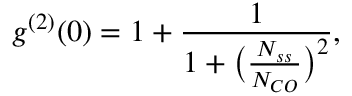
g ^ { ( 2 ) } ( 0 ) = 1 + \frac { 1 } { 1 + \big ( \frac { N _ { s s } } { N _ { C O } } \big ) ^ { 2 } } ,